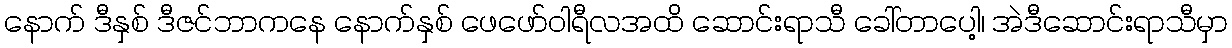
နောက် ဒီနှစ် ဒီဇင်ဘာကနေ နောက်နှစ် ဖေဖော်ဝါရီလအထိ ဆောင်းရာသီ ခေါ်တာပေါ့၊ အဲဒီဆောင်းရာသီမှာ